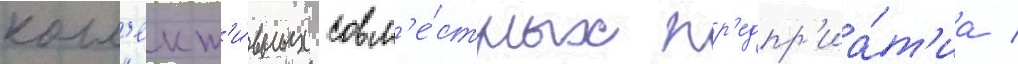
колл'ект'и́вных совм'е́стных пр'едпр'иа́т'иа /